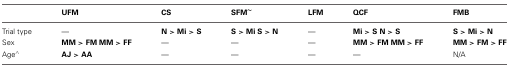
|  | UFM | CS | SFM~ | LFM | QCF | FMB |
 | --- | --- | --- | --- | --- | --- | --- |
 | Trial type | — | N > Mi > S | S > Mi S > N | — | Mi > S N > S | S > Mi > N |
 | Sex | MM > FM MM > FF | — | — | — | MM > FM MM > FF | MM > FM > FF |
 | Age∧ | AJ > AA | — | — | — | — | N/A |